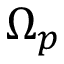
\Omega _ { p }